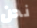
نحن